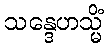
သန္ဒေဟသ္မိံ